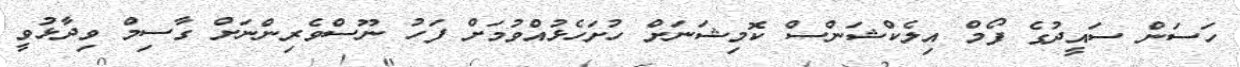
ހަސަން ސައީދުގެ ފޯމް އިލެކްޝަންސް ކޮމިޝަނަށް ހުށަހެޅުއްވުމަށް ފަހު ނޫސްވެރިންނަށް ގާސިމް ވިދާޅުވީ